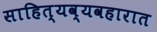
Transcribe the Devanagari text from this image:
साहित्यव्यवहारात